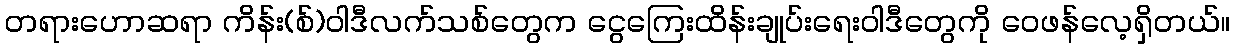
တရားဟောဆရာ ကိန်း(စ်)ဝါဒီလက်သစ်တွေက ငွေကြေးထိန်းချုပ်းရေးဝါဒီတွေကို ဝေဖန်လေ့ရှိတယ်။